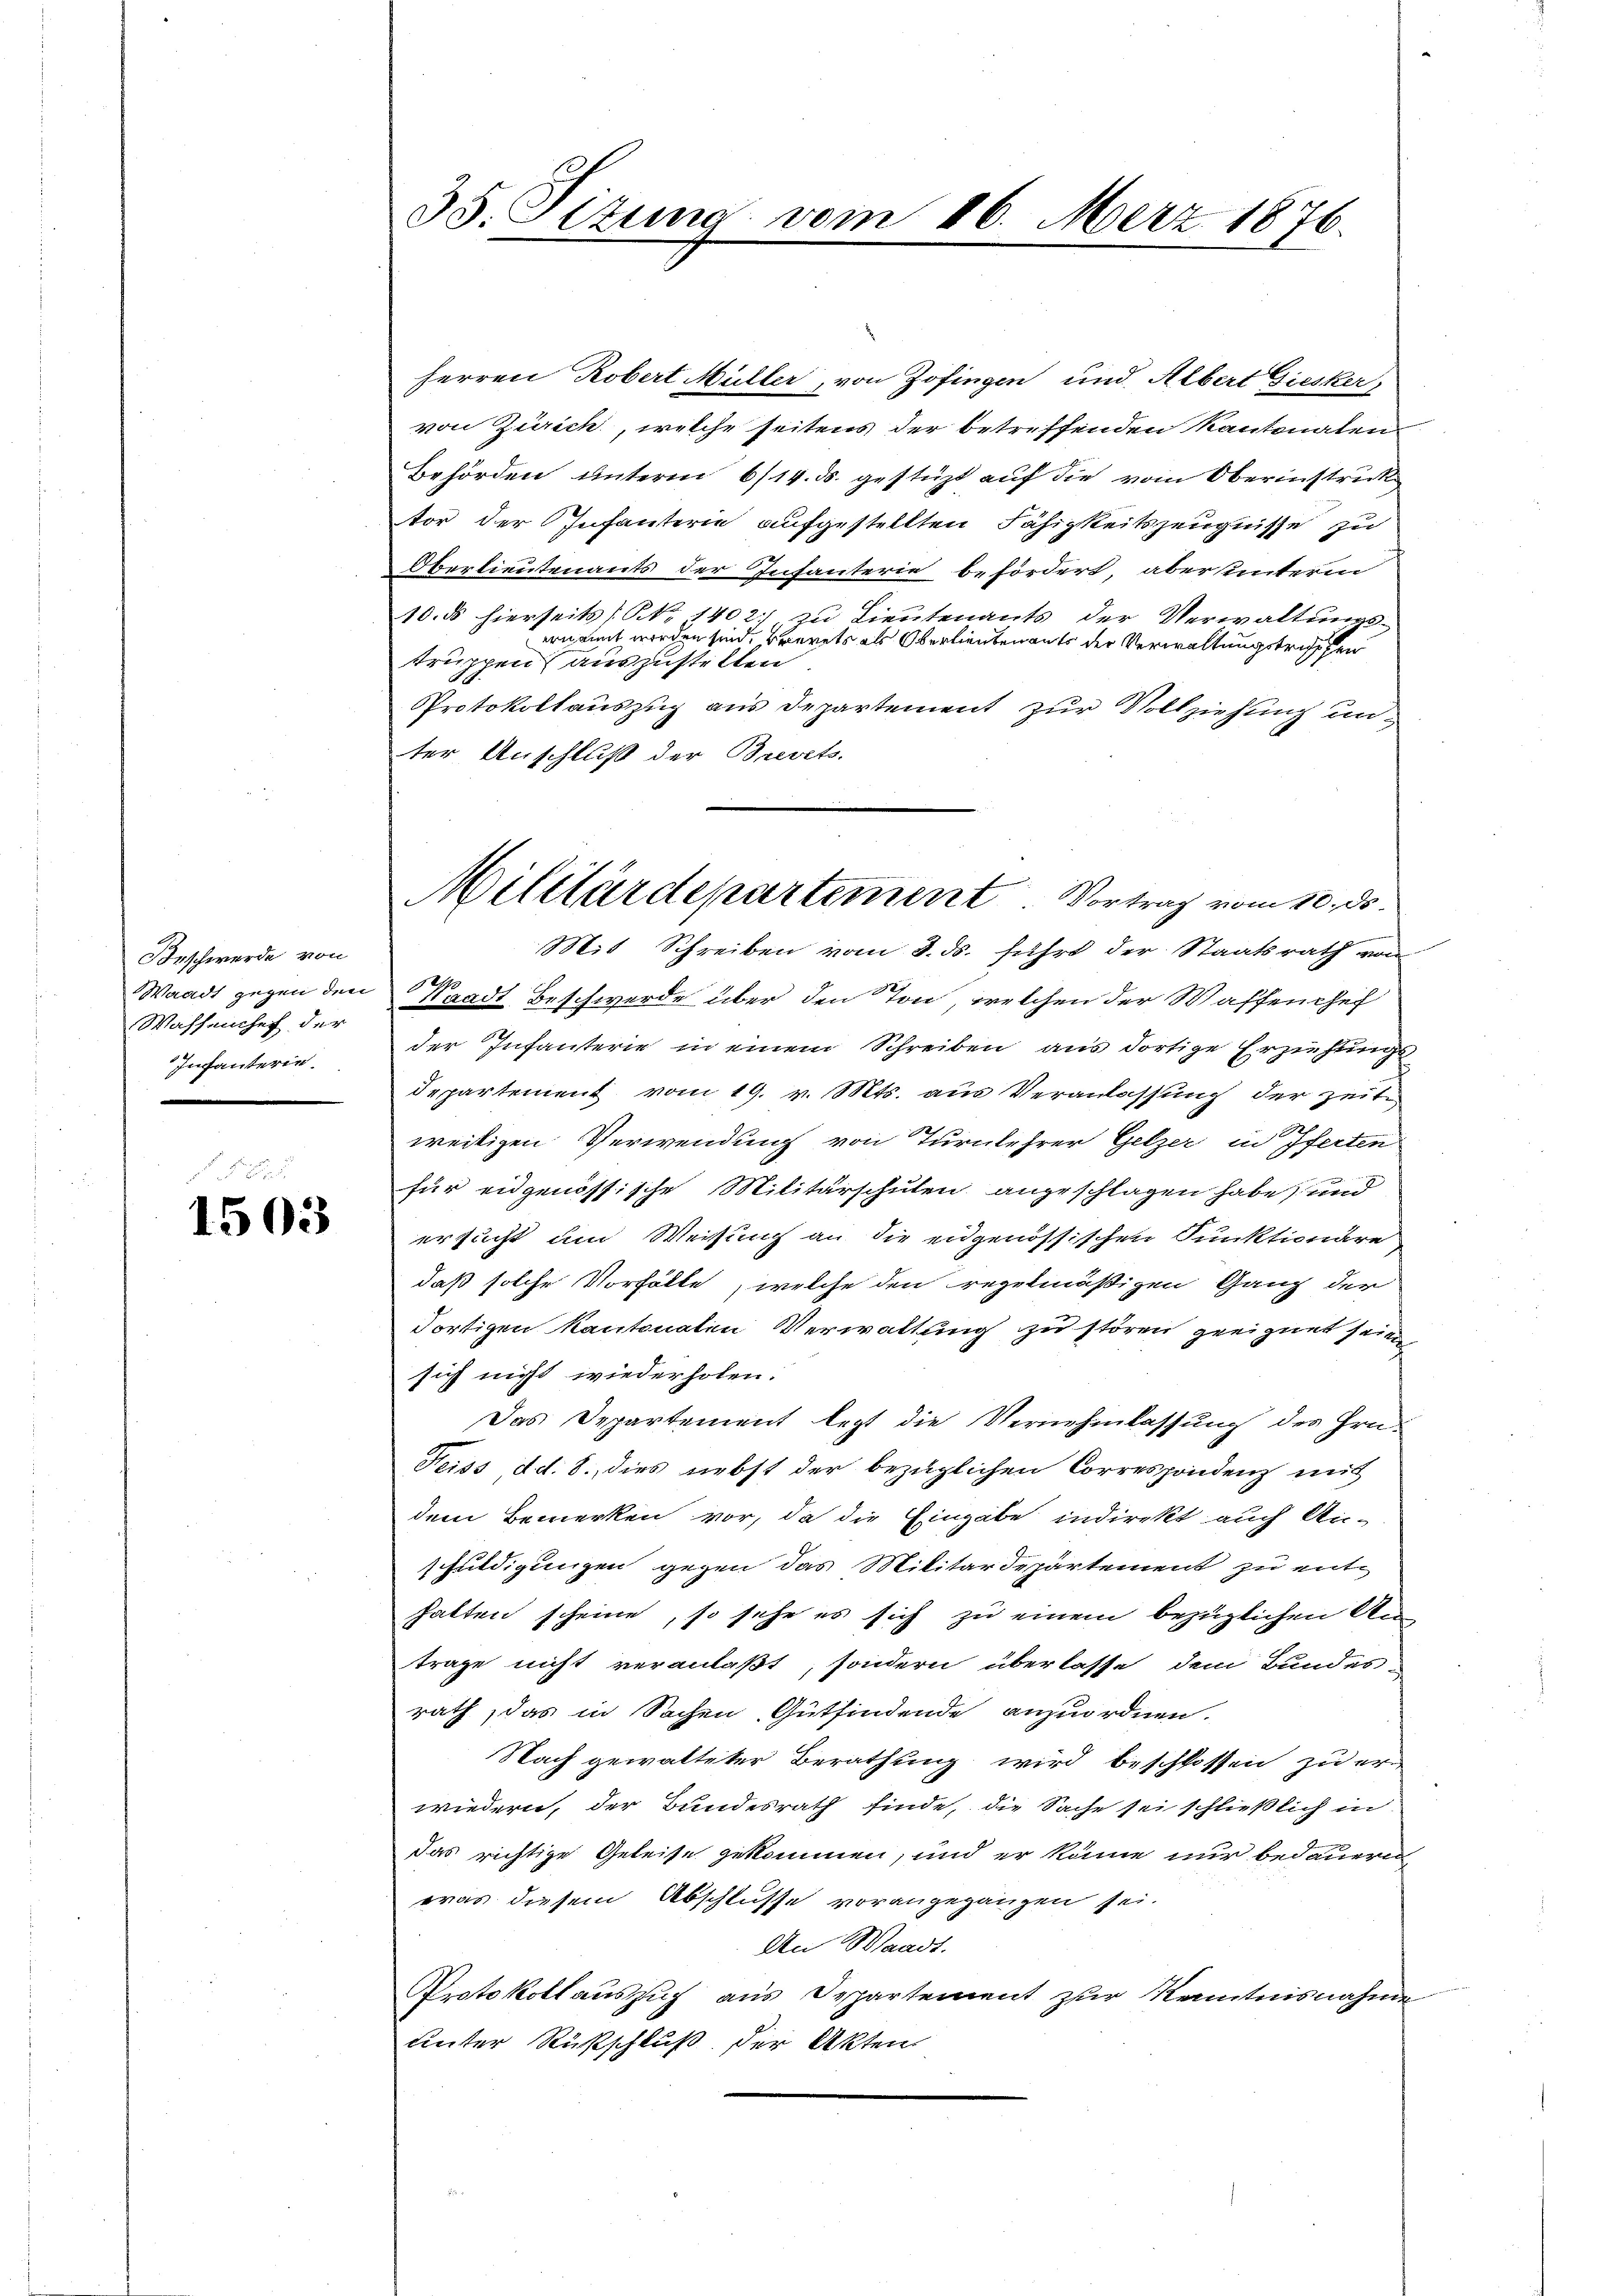
Beschwerde von
Wahhenchef der
Infanterie

1503

35. Sizung

emn

ferren Robert Müller, von Zofingen und Albert Giesker
von Zürich, welche seitens der betreffenden Kantonaten
Behörden unterm 6/14. ds. gestüzt auf die vom Oberinstruk
tor der Infanterie aufgestellten Fähigkeitszeugnisse zu
Oberlieutenants der Infanterie befördert, aber unterm
10. ds hierseits (N. 1402 zu Lieutenants der Verwaltungsernannt worden sind, Brevets als Oberlieutenants der Verwaltungstrischen
truppen auszustelten
Protokollauszug aus Departement zur Vollziehung unter Anschluß der Brevets.
Mit Schreiben vom 3. ds. führt der Staatsrath von
Waadt gegen den Waadt Beschwerde über den Ton, welchen der Waffenhef
der Infanterie in einem Schreiben aus dortige Erziehungs-
departement vom 19. v. Mts. aus Veranlassung der Zeite
weitigen Verwendung von Turnlehrer Gelzer in Iferten
für eidgenössische Militärschulen angeschlagen habe, und
ersucht um Weisung an die eidgenössischen Punktionäre
daß solche Vorfälle, welche den regelmäßigen Ganz der
dortigen Kantonalen Verwaltung zu stören geeignet sein
sich nicht wiederholen.
Das Departement legt die Vernehmlassung des Gra-
Teiss, d. d. 8. dies nebst der bezüglichen Correspondenz mit
dem Bemerken vor, da die Eingabe indirekt auch An-
schuldigungen gegen das Militärdepartement zu enthalten scheine, so sehe es sich zu einem bezüglichen Untrage nicht veranlaßt, sondern überlasse dem Bundesrath, das in Sachen Gutfindende anzuordnen.
Nach gewalteter Berathung wird beschlossen zu erwiedern, der Bundesrath finde, die Sache sei schließlich in
das richtige Geleise gekommen, und er könne nur bedauern
eras diesem Abschlusse vorangegangen sei.
An Waadt.
Protokollauszug aus Departement zur Kenntnisnahme
Lnter Rückschluß der Akten.

Militärdepartement. Vortrag vom 10. ds.

26. März 1876.